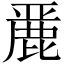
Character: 䴡